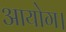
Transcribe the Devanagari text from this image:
आयोग।